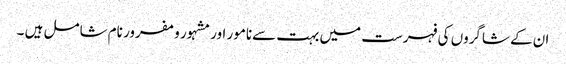
ان کے شاگروں کی فہرست میں بہت سےنامور اور مشہور و مفرور نام شامل ہیں ۔